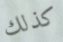
كذلك